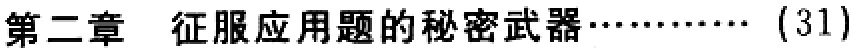
第二章 征服应用题的秘密武器……… (31)